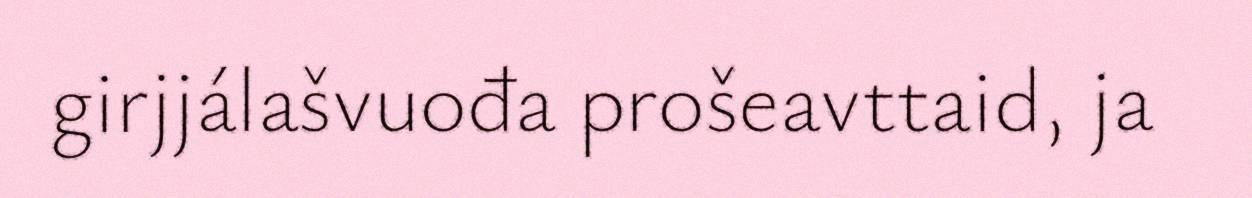
girjjálašvuođa prošeavttaid, ja